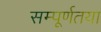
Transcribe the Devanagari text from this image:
सम्पूर्णतया